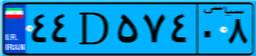
۴۴D۵۷۴۰۸